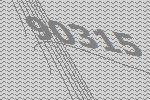
90315